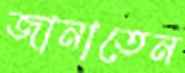
জানাতেন